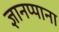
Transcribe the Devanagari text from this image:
ज्ञानप्पाना